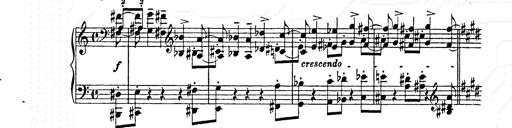
Title: AnnÃ©es de pÃ¨lerinage II
Composer: Franz Liszt